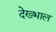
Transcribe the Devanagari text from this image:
देख्भाल